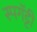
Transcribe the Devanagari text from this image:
स्पगॅट्टी